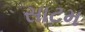
સાટમ